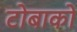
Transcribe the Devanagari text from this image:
टोबाको